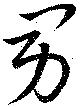
男